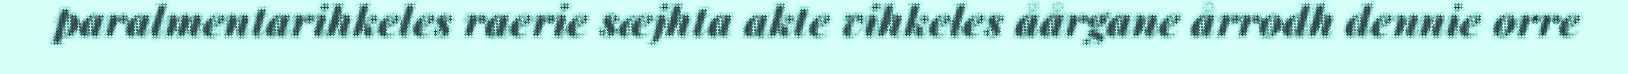
paralmentarihkeles raerie sæjhta akte vihkeles åårgane årrodh dennie orre